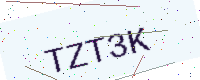
Text: TZT3K